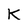
Character: K